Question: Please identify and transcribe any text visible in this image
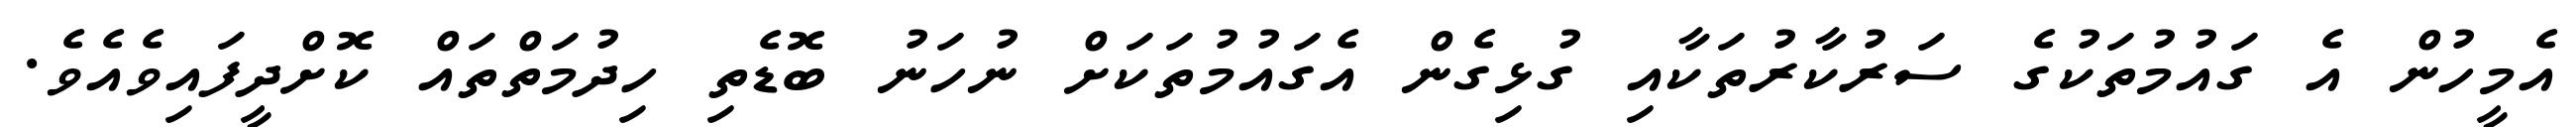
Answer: އެމީހުން އެ ގައުމުތަކުގެ ސަރުކާރުތަކާއި ގުޅިގެން އެގައުމުތަކަށް ނުހަނު ބޮޑެތި ހިދުމަތްތައް ކޮށްދީފައިވެއެވެ.